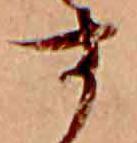
す